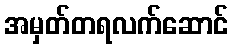
အမှတ်တရလက်ဆောင်